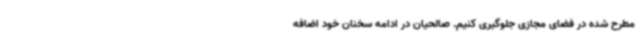
مطرح شده در فضای مجازی جلوگیری کنیم. صالحیان در ادامه سخنان خود اضافه